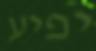
יפיע